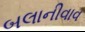
બલાનીવાવ